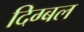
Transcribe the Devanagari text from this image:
दिग्बल